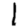
Digit: 1